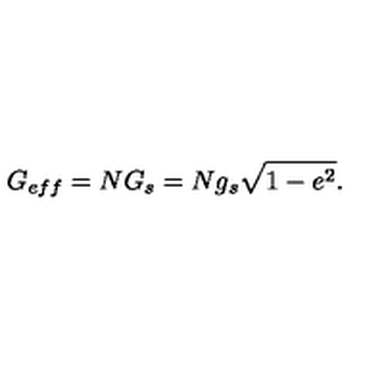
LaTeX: G _ { e f f } = N G _ { s } = N g _ { s } \sqrt { 1 - e ^ { 2 } } .